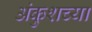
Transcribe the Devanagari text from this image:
अंकुशच्या